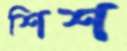
শিশ